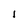
Character: 1